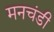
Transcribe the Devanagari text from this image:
मनचंडी